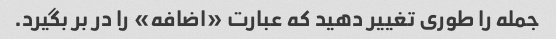
جمله را طوری تغییر دهید که عبارت «اضافه» را در بر بگیرد.